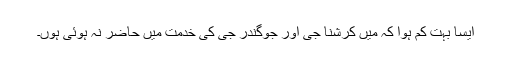
ایسا بہت کم ہوا کہ میں کرشنا جی اور جوگندر جی کی خدمت میں حاضر نہ ہوئی ہوں۔